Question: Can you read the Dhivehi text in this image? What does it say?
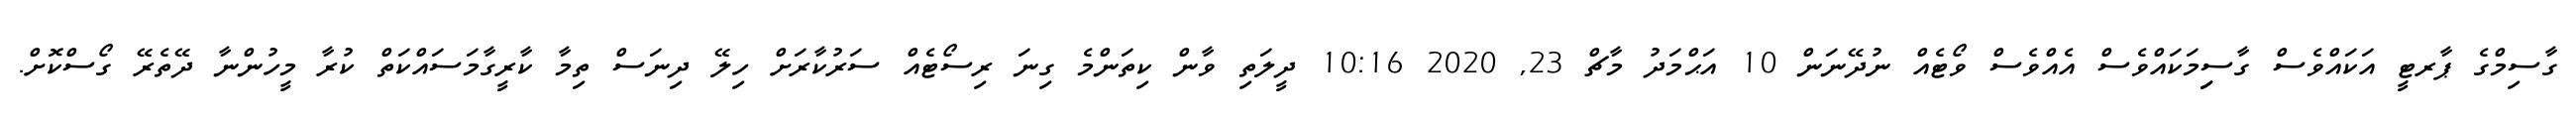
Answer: ގާސިމްގެ ޕާރޓީ އަކައްވެސް ގާސިިމަކައްވެސް އެއްވެސް ވޯޓެއް ނުދޭނަން 10 އަޙްމަދު މާޗް 23, 2020 10:16 ދީލަތި ވާން ކިތަންމެ ގިނަ ރިސޯޓެއް ސަރުކާރަށް ހިލޭ ދިނަސް ތިމާ ކާރީގާމަސައްކަތް ކުރާ މީހުންނާ ދޭތެރޭ ގޯސްކޮށް.